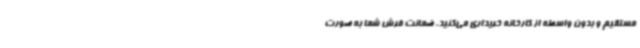
مستقیم و بدون واسطه از کارخانه خریداری می‌کنید، ضمانت فرش شما به صورت